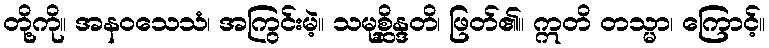
တို့ကို။ အနဝသေသံ၊ အကြွင်းမဲ့။ သမုစ္ဆိန္ဒတိ၊ ဖြတ်၏။ ဣတိ တသ္မာ၊ ကြောင့်။